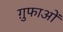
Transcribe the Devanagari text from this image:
ग़ुफाओं